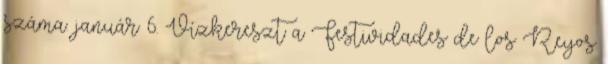
száma. január 6. Vízkereszt a Festividades de los Reyos